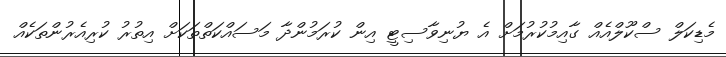
މެޑިކަލް ސްކޫލްއެއް ގާއިމުކުރުމަށް އެ ޔުނިވާސިޓީ އިން ކުރަމުންދާ މަސައްކަތްތަކަށް އިތުރު ކުރިއެރުންތަކެއް